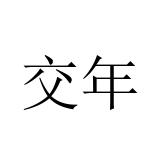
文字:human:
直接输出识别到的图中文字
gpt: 交年